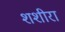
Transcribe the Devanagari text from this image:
शशीरा